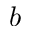
b